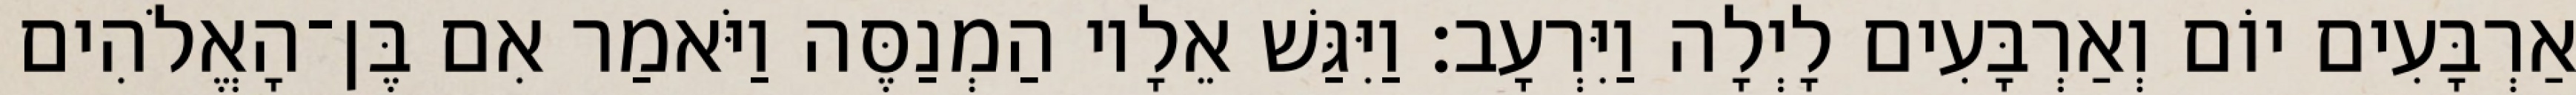
אַרְבָּעִים יוֹם וְאַרְבָּעִים לָיְלָה וַיִּרְעָב׃ וַיִּגַּשׁ אֵלָיו הַמְנַסֶּה וַיֹּאמַר אִם בֶּן־הָאֱלֹהִים